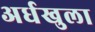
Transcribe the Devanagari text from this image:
अर्धखुला